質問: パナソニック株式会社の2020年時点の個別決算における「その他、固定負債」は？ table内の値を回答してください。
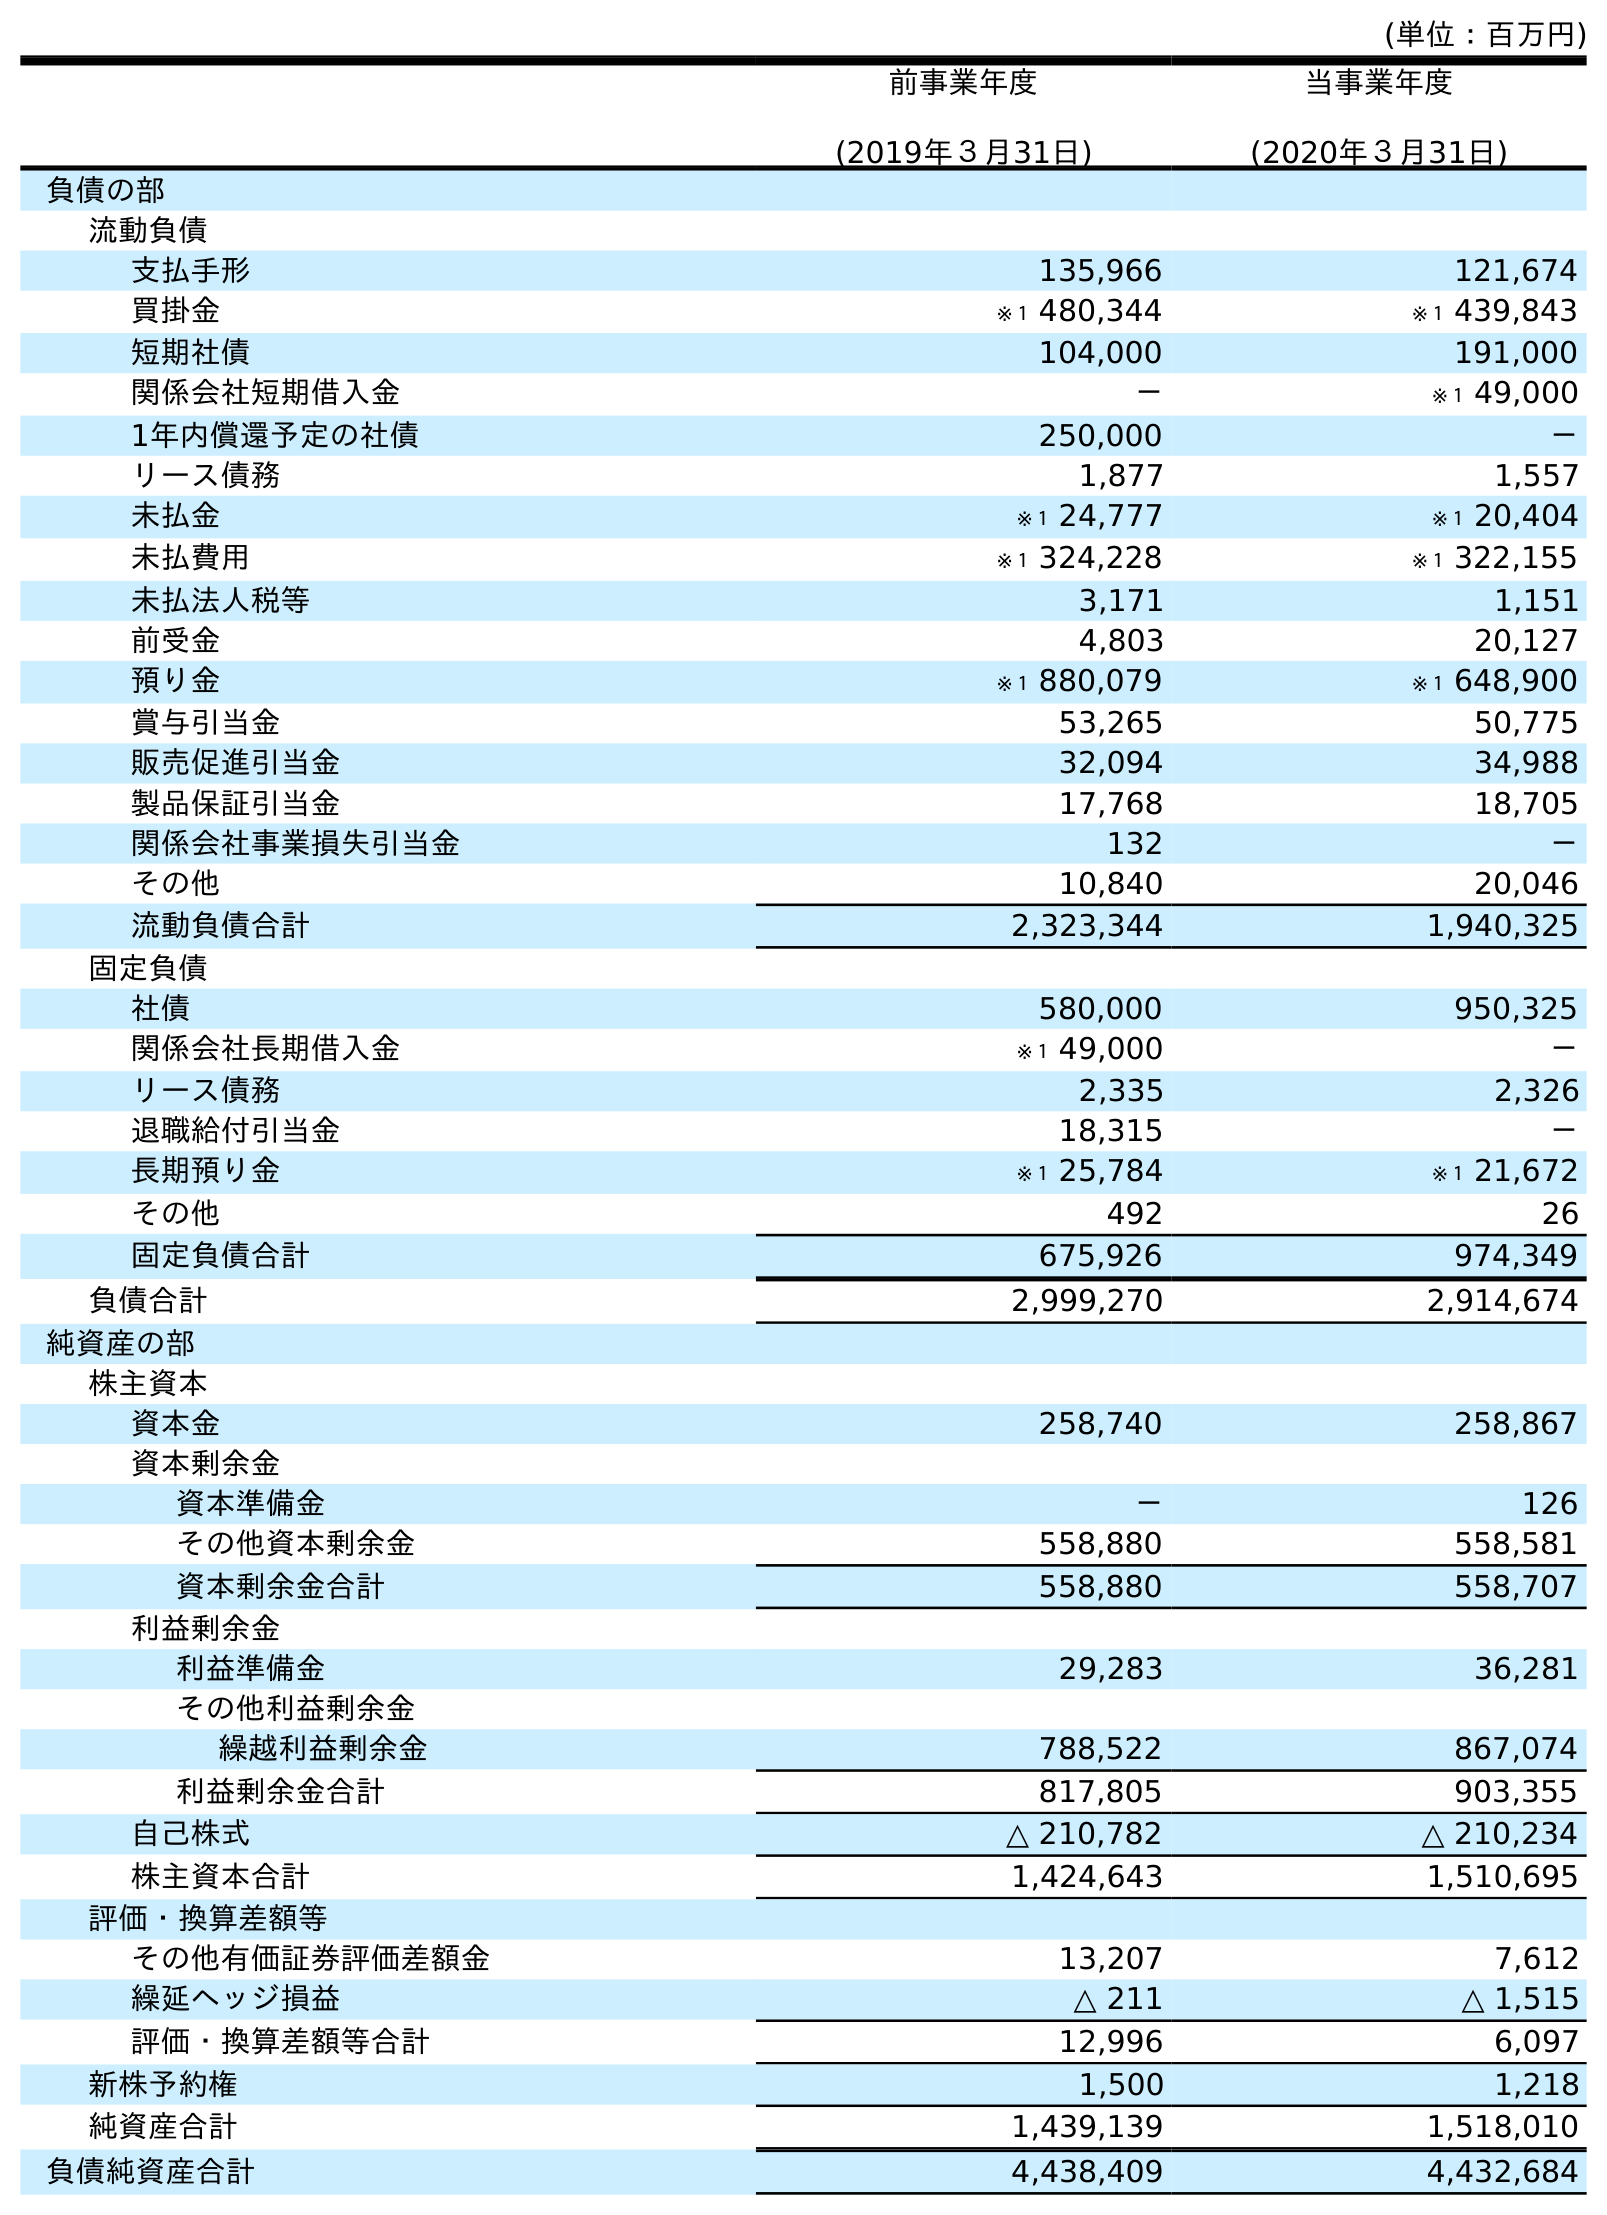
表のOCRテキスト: (単位：百万円) 前事業年度 (2019年３月31日) 当事業年度 (2020年３月31日) 負債の部 流動負債 支払手形 135,966 121,674 買掛金 ※１ 480,344 ※１ 439,843 短期社債 104,000 191,000 関係会社短期借入金 － ※１ 49,000 1年内償還予定の社債 250,000 － リース債務 1,877 1,557 未払金 ※１ 24,777 ※１ 20,404 未払費用 ※１ 324,228 ※１ 322,155 未払法人税等 3,171 1,151 前受金 4,803 20,127 預り金 ※１ 880,079 ※１ 648,900 賞与引当金 53,265 50,775 販売促進引当金 32,094 34,988 製品保証引当金 17,768 18,705 関係会社事業損失引当金 132 － その他 10,840 20,046 流動負債合計 2,323,344 1,940,325 固定負債 社債 580,000 950,325 関係会社長期借入金 ※１ 49,000 － リース債務 2,335 2,326 退職給付引当金 18,315 － 長期預り金 ※１ 25,784 ※１ 21,672 その他 492 26 固定負債合計 675,926 974,349 負債合計 2,999,270 2,914,674 純資産の部 株主資本 資本金 258,740 258,867 資本剰余金 資本準備金 － 126 その他資本剰余金 558,880 558,581 資本剰余金合計 558,880 558,707 利益剰余金 利益準備金 29,283 36,281 その他利益剰余金 繰越利益剰余金 788,522 867,074 利益剰余金合計 817,805 903,355 自己株式 △ 210,782 △ 210,234 株主資本合計 1,424,643 1,510,695 評価・換算差額等 その他有価証券評価差額金 13,207 7,612 繰延ヘッジ損益 △ 211 △ 1,515 評価・換算差額等合計 12,996 6,097 新株予約権 1,500 1,218 純資産合計 1,439,139 1,518,010 負債純資産合計 4,438,409 4,432,684
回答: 26